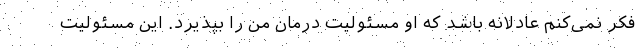
فکر نمی‌کنم عادلانه باشد که او مسئولیت درمان من را بپذیرد. این مسئولیت